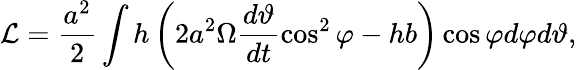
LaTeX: \mathcal{L}=\frac{a^{2}}{2}\int h\left(2a^{2}\Omega\frac{d\vartheta}{dt}\cos^{2}\varphi-hb\right)\cos\varphi d\varphi d\vartheta,